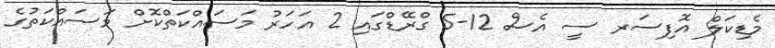
މެޑިކަލް އޮފިސަރ ސީ އެސް 12-5 ގްރޭޑްގައި 2 އަހަރު މަސައްކަތްކޮށް މަސައްކަތުގެ